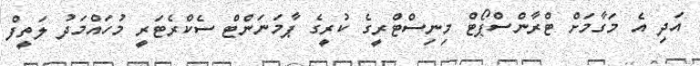
އަދި އެ މަގާމަށް ޓްރާންސްޕޯޓް މިނިސްޓްރީގެ ކުރީގެ ޕާމަނަންޓް ސެކްރެޓަރީ މުހައްމަދު ލަތީފް